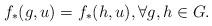
LaTeX: \begin{align*}f_*(g,u)=f_*(h,u), \forall g, h \in G .\end{align*}